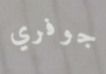
جوفري